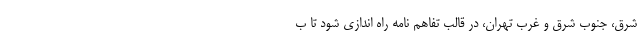
شرق، جنوب شرق و غرب تهران، در قالب تفاهم نامه راه اندازی شود تا ب